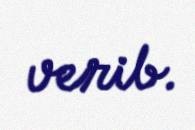
verib.